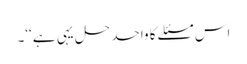
اس مسئلے کا واحد حل یہی ہے‘‘۔